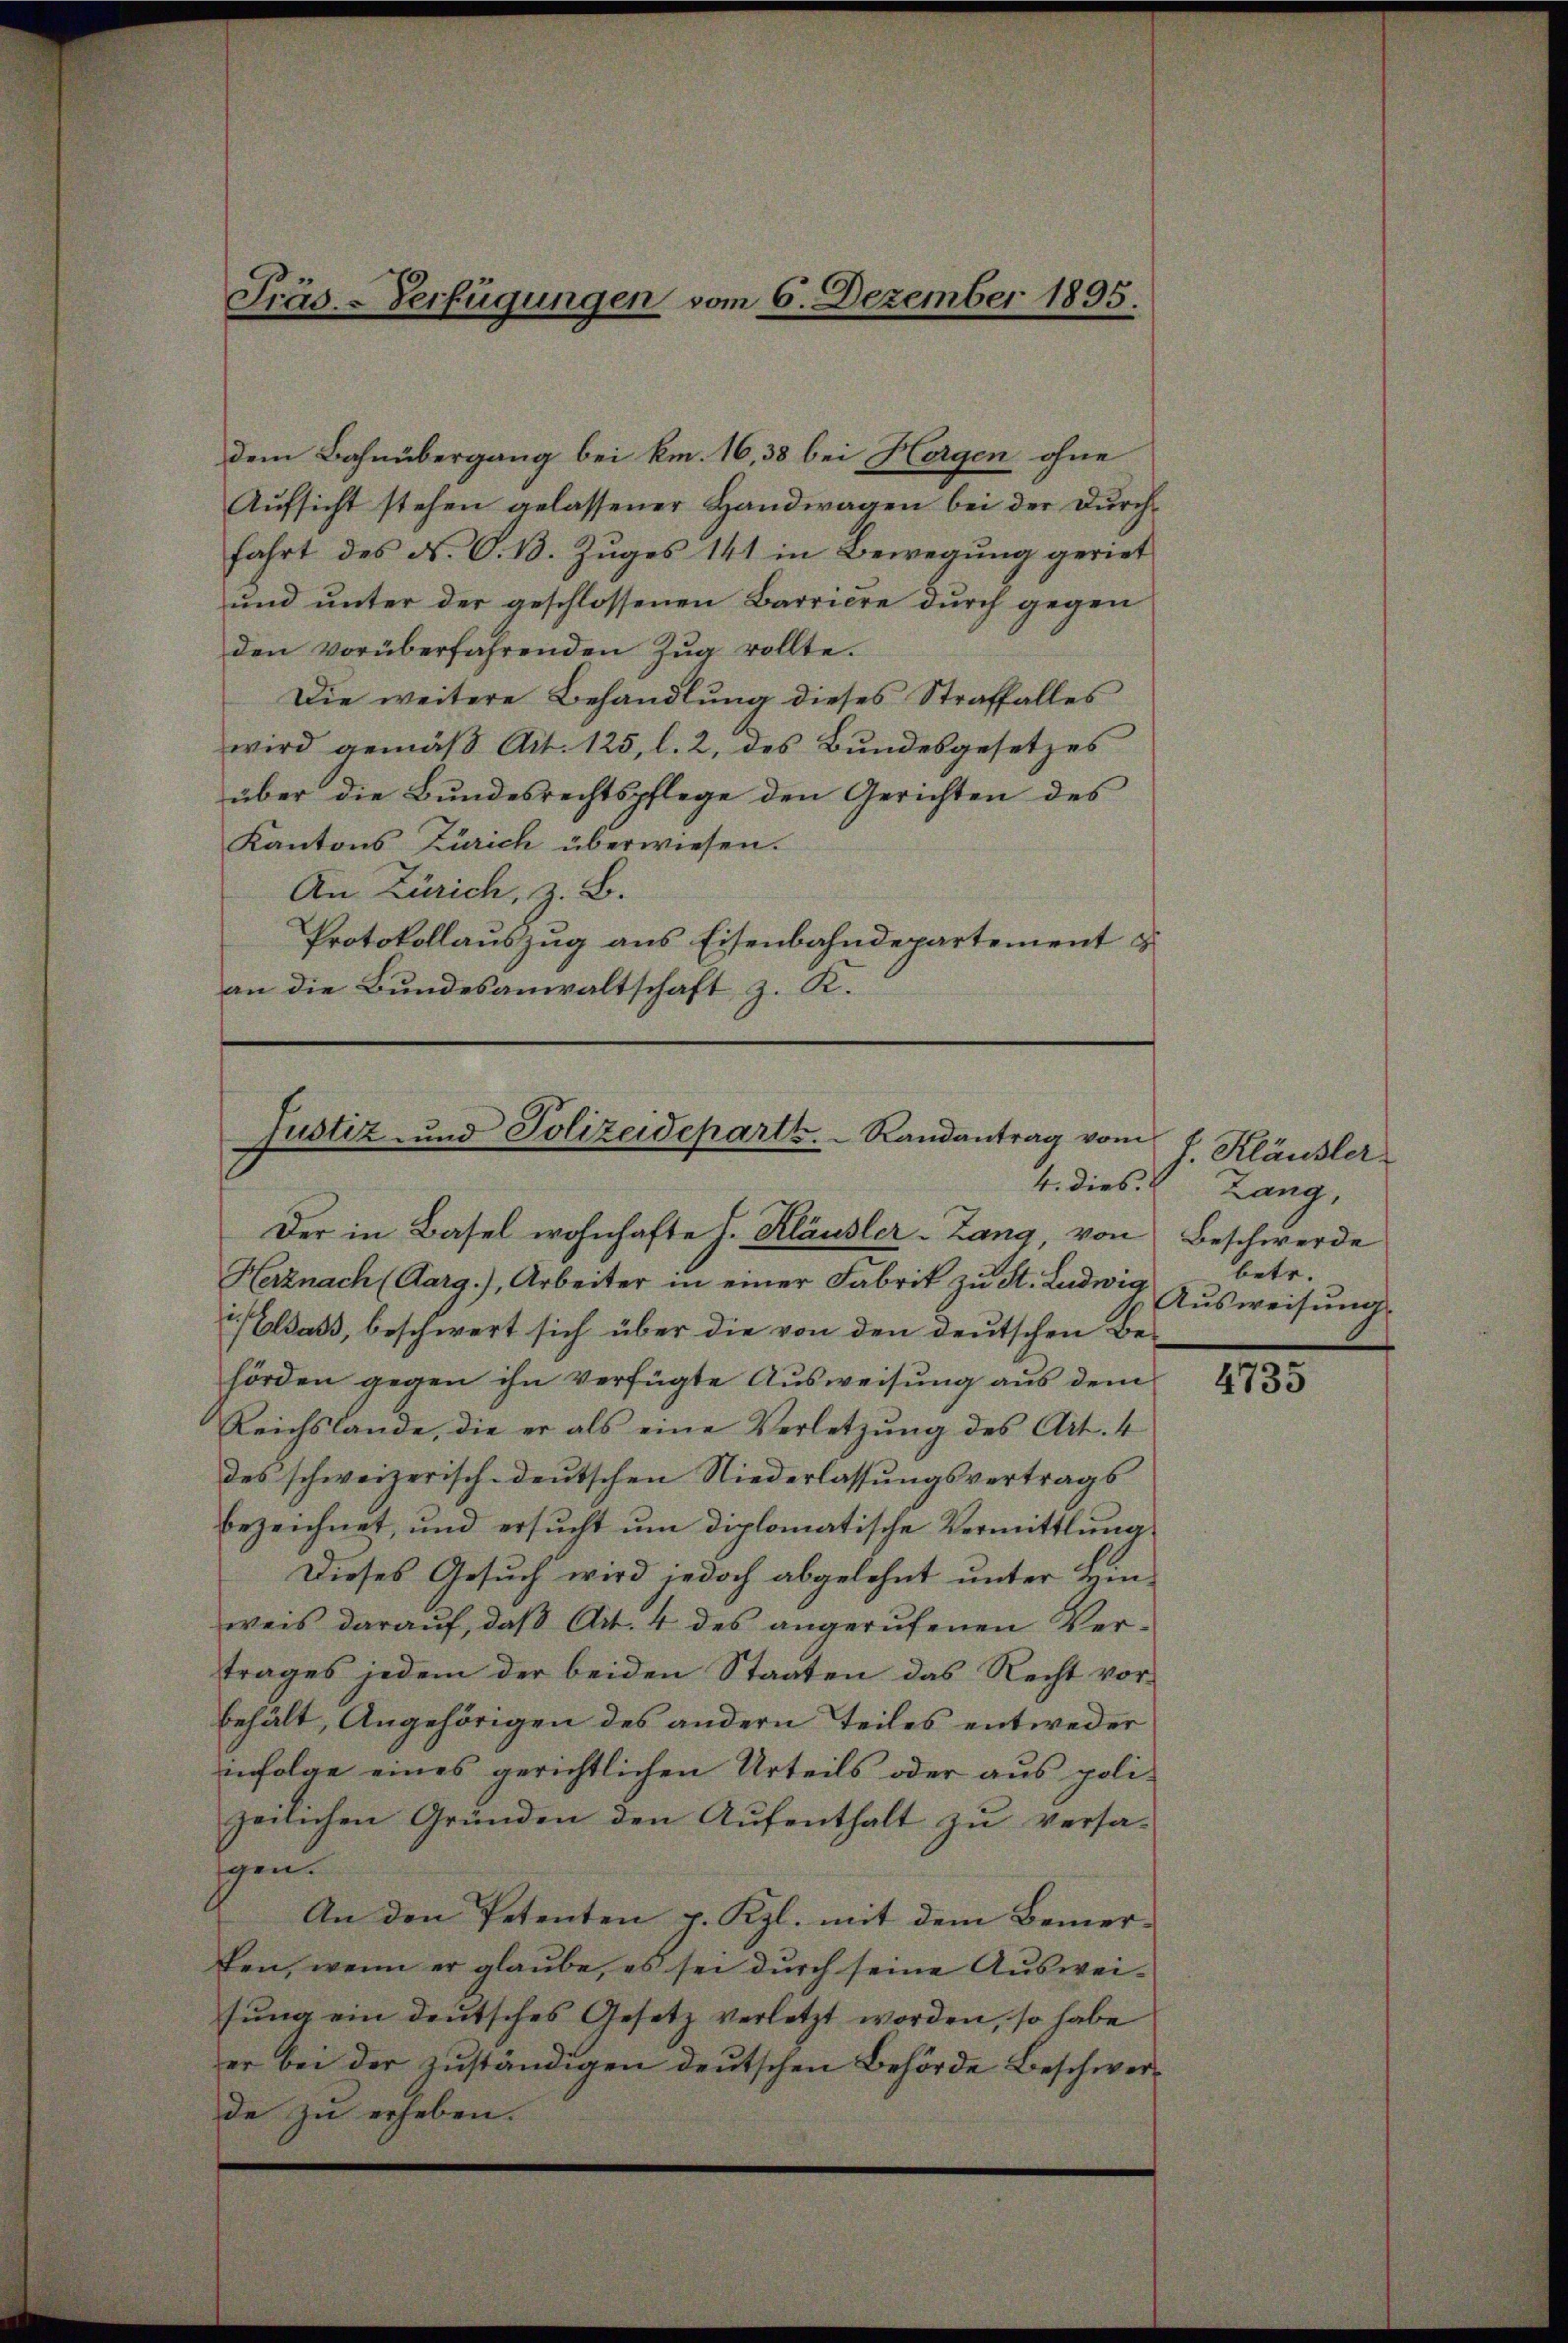
dem Bahnübergang bei km. 16, 38 bei Horgen ohne
Aufsicht stehen gelassener Handwagen bei der Durchfahrt des N. O. 13. Zuges 141 in Bewegung geriet
und unter der geschlossenen Barriere durch gegen
den vorüberfahrenden Zug rollte.
Die weitere Behandlung dieses Straffalles
wird gemäß Art. 125, l. 2, des Bundesgesetzes
über die Bundesrechtspflege den Gerichten des
Kantons Zürich überwiesen.
An Zürich, z. B.
Protokollauszug aus Eisenbahndepartement z
an die Bundesanwaltschaft z. K.

Präs.-Verfügungen vom 6. Dezember 1895.

Justiz und Polizeideparte.   Randantrag vom
4. dies.
Der in Basel wohnhafte J. Kläusler-Lang, von Beschwerde

Herznach (Aarg.), Arbeiter in einer Fabrik zu St. Ludwig
) Wass, beschwert sich über die von den deutschen Be-
hörden gegen ihn verfügte Ausweisung aus dem
Reichslande, die er als eine Verletzŭng des Art. 4
des schweizerisch-deutschen Niederlassungsvertrags
bezeichnet, und ersucht um diplomatische Vermittlung
Dieses Gesuch wird jedoch abgelehnt unter Binweis darauf, daβ Art. 4 des angerufenen Vertrages jedem der beiden Staaten das Recht vorbehält, Angehörigen des andern Teiles entweder
infolge eines gerichtlichen Urteils oder aus poli-
zeilichen Gründen den Aufenthalt zu versagen.
An den Petenten v. Kgl. mit dem Bemer-
ken, wenn er glaube, es sei durch seine Ausweisung ein deutsches Gesetz verletzt worden, so habe
er bei der zuständigen deutschen Behörde Beschwerde zu erheben.

J. Kläusler
Lang,
betr.
Ausweisung.

4735